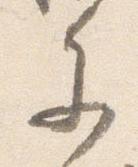
参